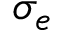
\sigma _ { e }